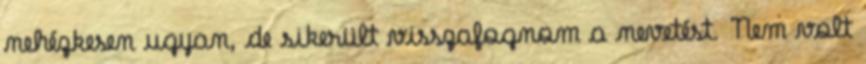
nehézkesen ugyan, de sikerült visszafognom a nevetést. Nem volt